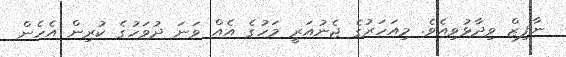
ނާފިޒް ވިދާޅުވިއެވެ. މިއަހަރުގެ ޖެނުއަރީ މަހުގެ އެއް ވަނަ ދުވަހުގެ ކުރިން އެހެން